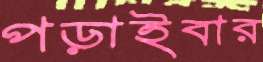
পড়াইবার